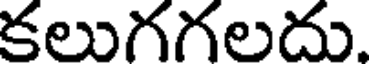
కలుగగలదు.